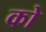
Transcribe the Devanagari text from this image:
को